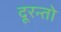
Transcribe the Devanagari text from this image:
दूरन्तो